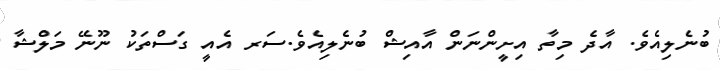
ބުނެލިއެވެ. އާދެ މިތާ އިށީންނަން އާއިޝް ބުނެލިއެވެ.ސަރ އެއީ ގަސްތަކު ނޫނޭ މަލްޝާ